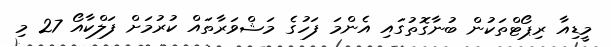
މީޑިއާ ރިޕޯޓްތަކުން ބުނާގޮތުގައި އެންމަ ފަހުގެ މަޝްވަރާތައް ކުރުމަށް ފަލްކާއޯ 27 މި